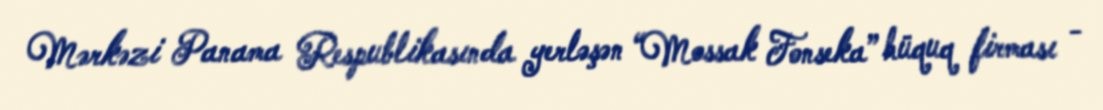
Mərkəzi Panama Respublikasında yerləşən “Mossak Fonseka” hüquq firması -